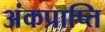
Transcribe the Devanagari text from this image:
अंकप्राप्ति